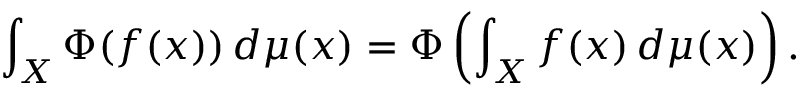
\int _ { X } \Phi ( f ( x ) ) \, d \mu ( x ) = \Phi \left( \int _ { X } f ( x ) \, d \mu ( x ) \right) .